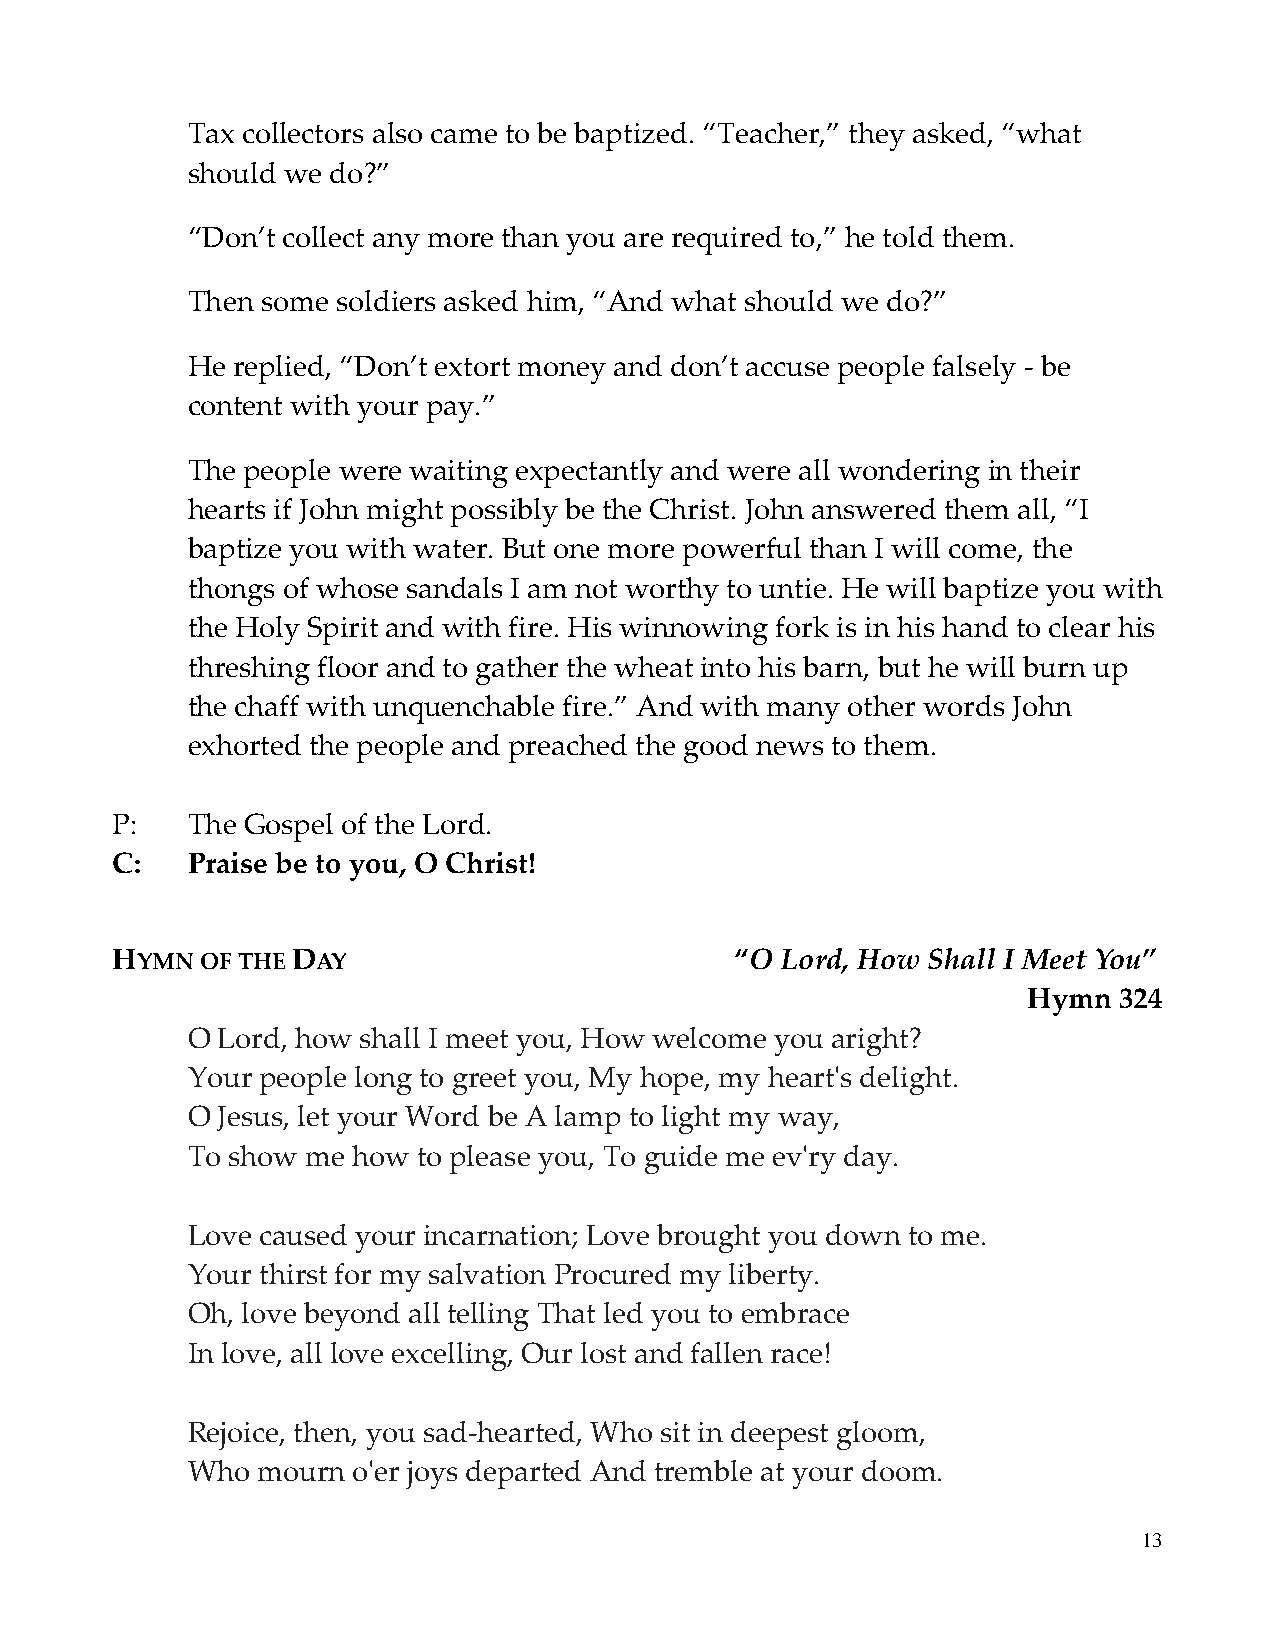
Tax collectors also came to be baptized. “Teacher,” they asked, “what
 should we do?”
 “Don’t collect any more than you are required to,” he told them.
 Then some soldiers asked him, “And what should we do?”
 He replied, “Don’t extort money and don’t accuse people falsely - be
 content with your pay.”
 The people were waiting expectantly and were all wondering in their
 hearts if John might possibly be the Christ. John answered them all, “I
 baptize you with water. But one more powerful than I will come, the
 thongs of whose sandals I am not worthy to untie. He will baptize you with
 the Holy Spirit and with fire. His winnowing fork is in his hand to clear his
 threshing floor and to gather the wheat into his barn, but he will burn up
 the chaff with unquenchable fire.” And with many other words John
 exhorted the people and preached the good news to them.
 P:   The Gospel of the Lord.
 C:   Praise be to you, O Christ!
 HYMN  OF THE DAY                          “O Lord, How Shall I Meet You”
 Hymn  324
 O Lord, how shall I meet you, How welcome you aright?
 Your people long to greet you, My hope, my heart's delight.
 O Jesus, let your Word be A lamp to light my way,
 To show me how  to please you, To guide me ev'ry day.
 Love caused your incarnation; Love brought you down to me.
 Your thirst for my salvation Procured my liberty.
 Oh, love beyond all telling That led you to embrace
 In love, all love excelling, Our lost and fallen race!
 Rejoice, then, you sad-hearted, Who sit in deepest gloom,
 Who  mourn o'er joys departed And tremble at your doom.
 13